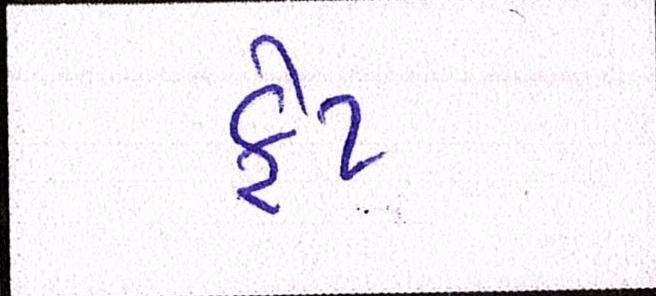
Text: ફેટ